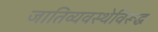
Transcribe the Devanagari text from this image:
जातिव्यवस्थेविरूद्ध